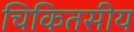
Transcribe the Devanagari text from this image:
चिकितसीय